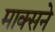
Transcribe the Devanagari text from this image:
माक्सने